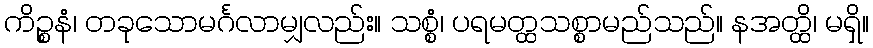
ကိဉ္စနံ၊ တခုသောမင်္ဂလာမျှလည်း။ သစ္စံ၊ ပရမတ္ထသစ္စာမည်သည်။ နအတ္ထိ၊ မရှိ။